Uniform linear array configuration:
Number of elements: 16
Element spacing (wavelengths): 0.25
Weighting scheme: hamming
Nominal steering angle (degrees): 15
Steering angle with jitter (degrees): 16.769
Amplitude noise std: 0.05
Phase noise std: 0.05

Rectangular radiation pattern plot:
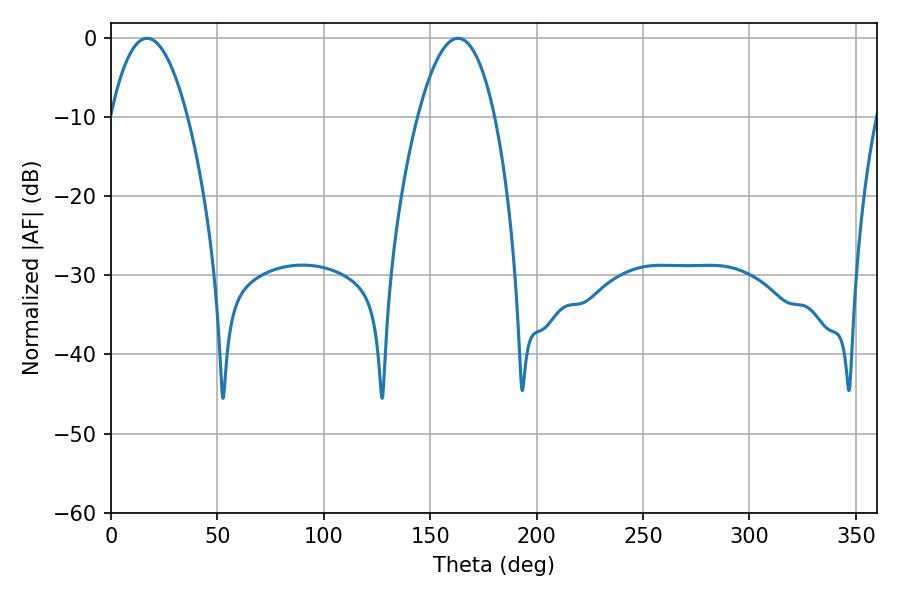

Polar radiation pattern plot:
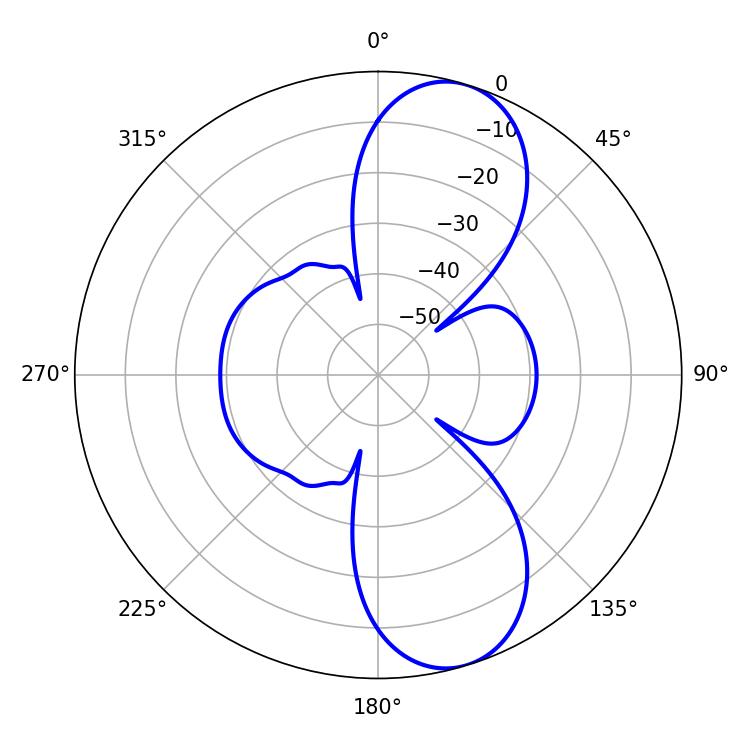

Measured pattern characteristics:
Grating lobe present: FALSE
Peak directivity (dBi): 9.555
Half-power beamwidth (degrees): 19.98
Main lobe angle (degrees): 16.92